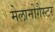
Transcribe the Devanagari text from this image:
मेलानोगैस्टर